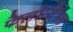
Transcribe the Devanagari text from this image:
फेलोशिप्स